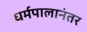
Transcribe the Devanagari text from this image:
धर्मपालानंतर